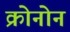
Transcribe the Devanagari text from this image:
क्रोनोन